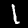
Label: 1